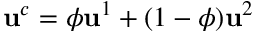
\mathbf { u } ^ { c } = \phi \mathbf { u } ^ { 1 } + ( 1 - \phi ) \mathbf { u } ^ { 2 }